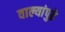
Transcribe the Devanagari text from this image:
वाल्यांपुढे